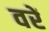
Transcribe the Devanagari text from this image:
वरें